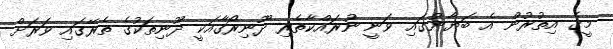
މީގެ އިތުރުން އެ ބަޔާނުގައި ވަނީ ނުރައްކާތެރި ދޫނިރޯގާއަކީ ދޫނިތަކުގެ ތެރޭގައި ވަރަށް